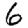
Digit: 6